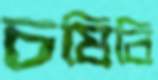
চষিবি